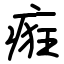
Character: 㾠